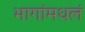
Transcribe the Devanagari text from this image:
भागांमधलं